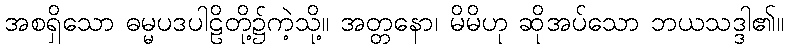
အစရှိသော ဓမ္မပဒပါဠိတို့၌ကဲ့သို့။ အတ္တနော၊ မိမိဟု ဆိုအပ်သော ဘယသဒ္ဒါ၏။